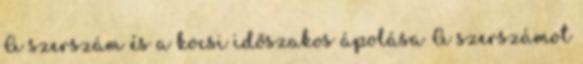
A szerszám és a kocsi időszakos ápolása A szerszámot